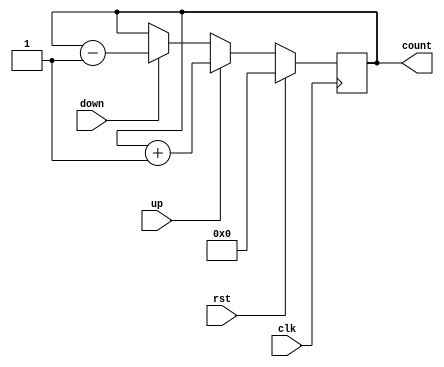
module BidirectionalGrayCounter(
    input clk,
    input rst,
    input up,
    input down,
    output reg [3:0] count
);

reg [3:0] next_count;

always @ (posedge clk) begin
    if(rst) begin
        count <= 4'b0000;
    end else begin
        if(up) begin
            next_count = count + 1;
        end else if(down) begin
            next_count = count - 1;
        end else begin
            next_count = count;
        end
        
        count <= next_count;
    end
end

endmodule